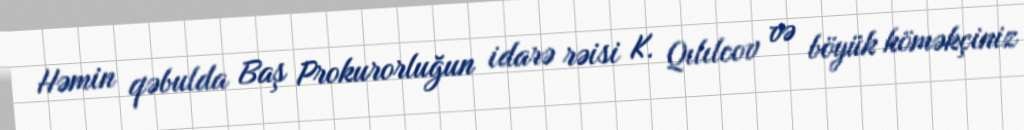
Həmin qəbulda Baş Prokurorluğun idarə rəisi K. Qılılcov və böyük köməkçiniz